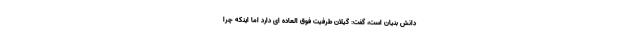
دانش بنیان است، گفت: گیلان طرفیت فوق العاده ای دارد اما اینکه چرا